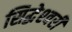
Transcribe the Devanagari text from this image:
सिद्धेश्‍वरी